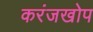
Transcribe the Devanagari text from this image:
करंजखोप